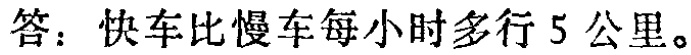
答：快车比慢车每小时多行5公里。